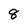
Character: 8